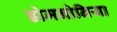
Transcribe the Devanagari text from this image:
डोमनोनिया